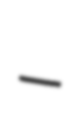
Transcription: –